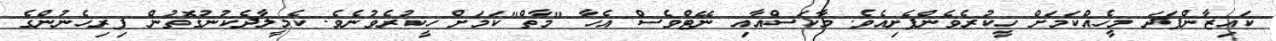
ކައިޒާންފަދަ މީހެއްކަމަށް ހީކުރެވެންފެށިއެވެ. މާކަސްއާއި ނޭޓްވެސް އެހާ "މާތް"ކަމަށް ހީކުރެވުނެވެ. ކެމީލާދެކުނުގޮތުން ފިރިހެނުންގެ